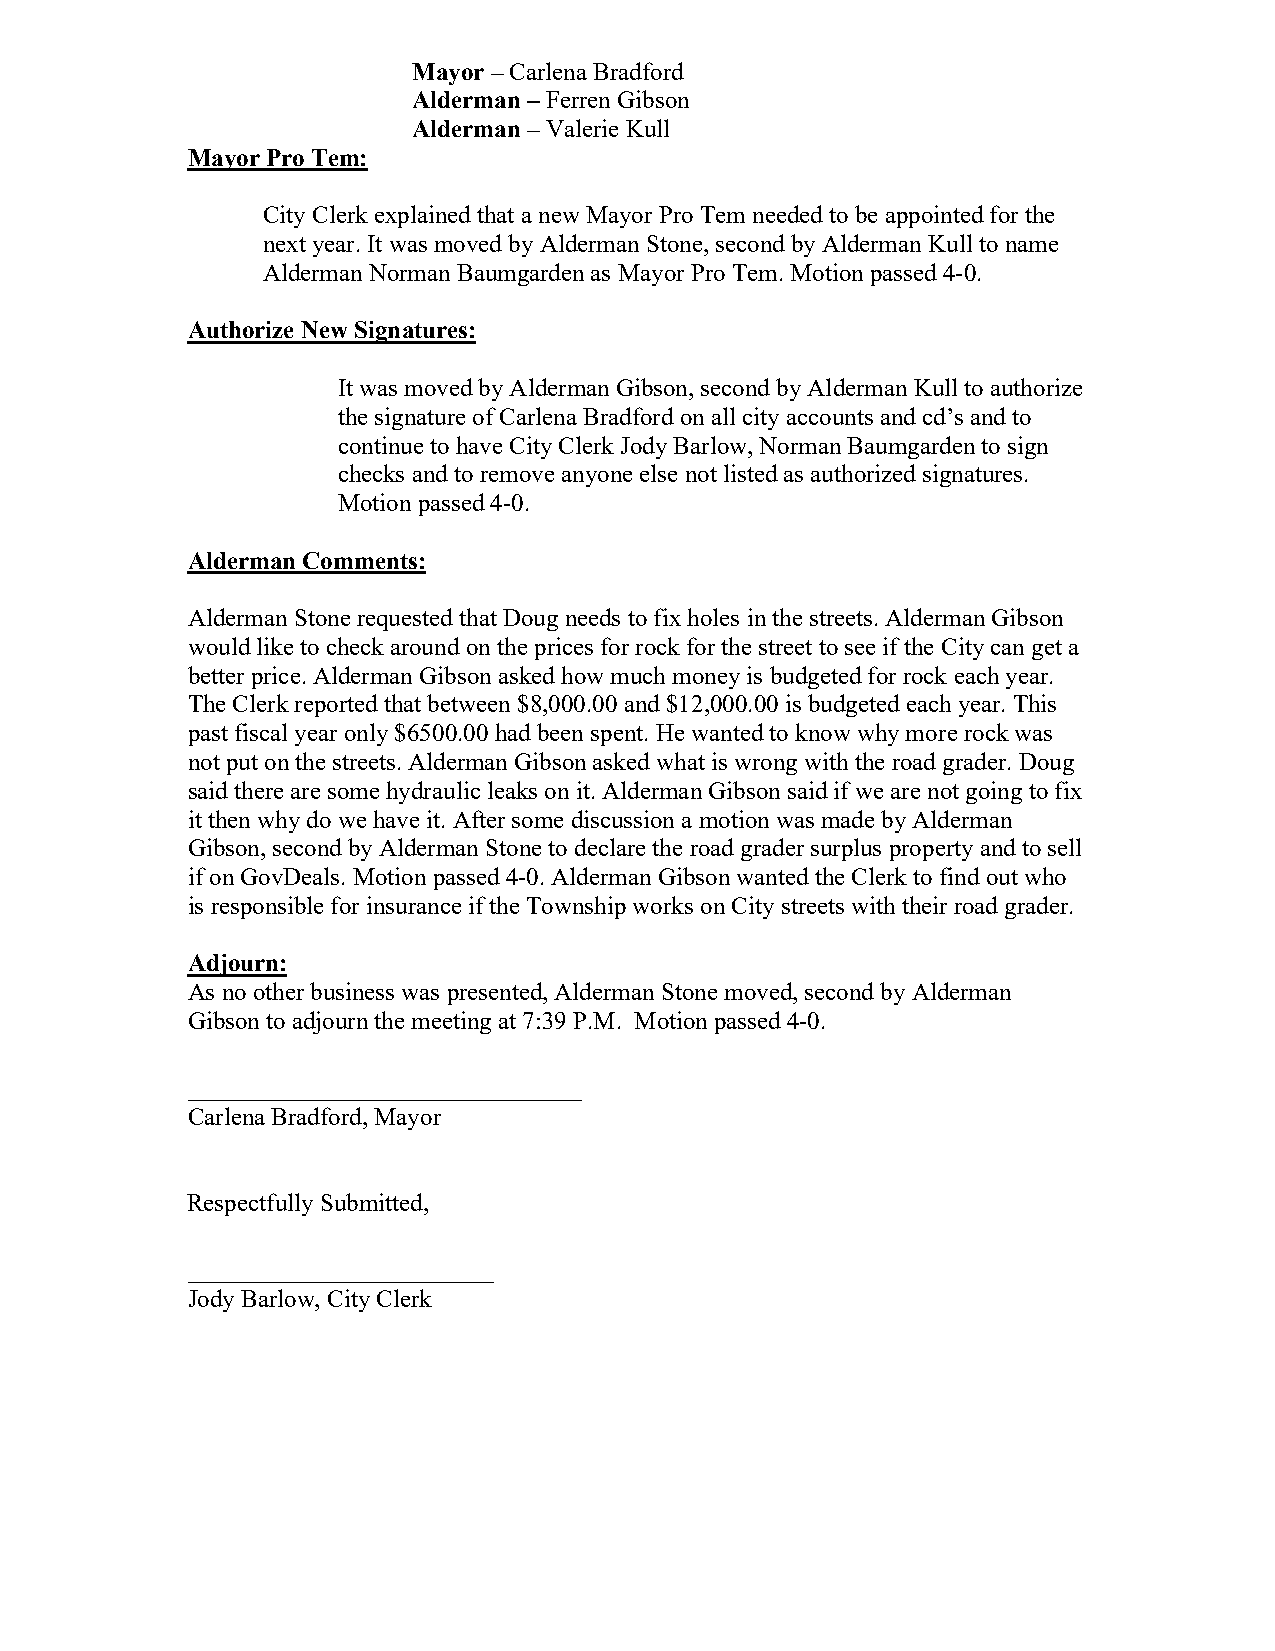
Mayor – Carlena Bradford
 Alderman – Ferren Gibson
 Alderman – Valerie Kull
 Mayor Pro Tem:
 City Clerk explained that a new Mayor Pro Tem needed to be appointed for the
 next year. It was moved by Alderman Stone, second by Alderman Kull to name
 Alderman Norman Baumgarden as Mayor Pro Tem. Motion passed 4-0.
 Authorize New Signatures:
 It was moved by Alderman Gibson, second by Alderman Kull to authorize
 the signature of Carlena Bradford on all city accounts and cd’s and to
 continue to have City Clerk Jody Barlow, Norman Baumgarden to sign
 checks and to remove anyone else not listed as authorized signatures.
 Motion passed 4-0.
 Alderman Comments:
 Alderman Stone requested that Doug needs to fix holes in the streets. Alderman Gibson
 would like to check around on the prices for rock for the street to see if the City can get a
 better price. Alderman Gibson asked how much money is budgeted for rock each year.
 The Clerk reported that between $8,000.00 and $12,000.00 is budgeted each year. This
 past fiscal year only $6500.00 had been spent. He wanted to know why more rock was
 not put on the streets. Alderman Gibson asked what is wrong with the road grader. Doug
 said there are some hydraulic leaks on it. Alderman Gibson said if we are not going to fix
 it then why do we have it. After some discussion a motion was made by Alderman
 Gibson, second by Alderman Stone to declare the road grader surplus property and to sell
 if on GovDeals. Motion passed 4-0. Alderman Gibson wanted the Clerk to find out who
 is responsible for insurance if the Township works on City streets with their road grader.
 Adjourn:
 As no other business was presented, Alderman Stone moved, second by Alderman
 Gibson to adjourn the meeting at 7:39 P.M. Motion passed 4-0.
 ___________________________
 Carlena Bradford, Mayor
 Respectfully Submitted,
 _____________________
 Jody Barlow, City Clerk